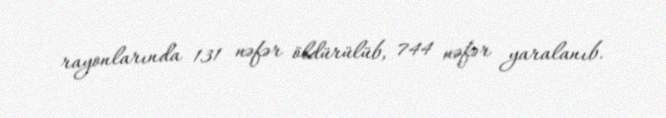
rayonlarında 131 nəfər öldürülüb, 744 nəfər yaralanıb.